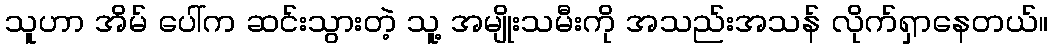
သူဟာ အိမ် ပေါ်က ဆင်းသွားတဲ့ သူ့ အမျိုးသမီးကို အသည်းအသန် လိုက်ရှာနေတယ်။